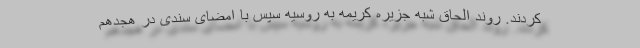
کردند. روند الحاق شبه جزیره کریمه به روسیه سپس با امضای سندی در هجدهم